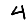
Digit: 4